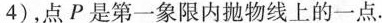
4)，点P是第一象限内抛物线上的一点.